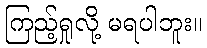
ကြည့်ရှုလို့ မရပါဘူး။